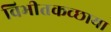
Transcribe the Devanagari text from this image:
विभीतकच्छाया